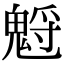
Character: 𩳡